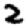
Digit: 2